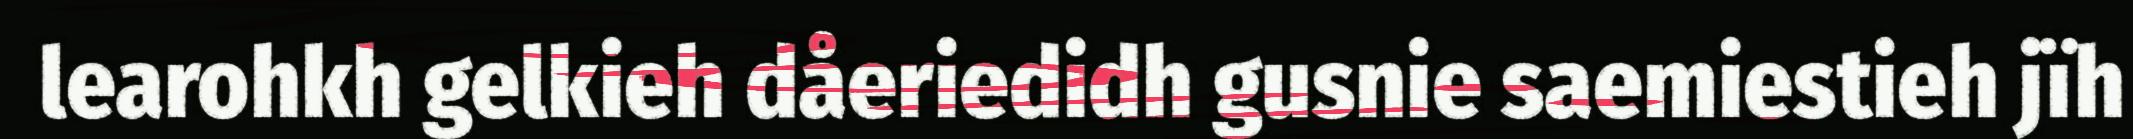
learohkh gelkieh dåeriedidh gusnie saemiestieh jïh